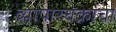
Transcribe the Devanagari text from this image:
व्यापारचक्रांचा